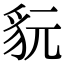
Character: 𧲦